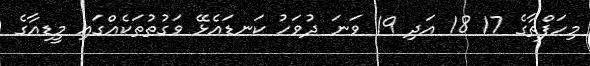
މިހަފްތާގެ 17 18 އަދި 19 ވަނަ ދުވަހު ކަނޑައެޅޭ ވަގުތުތަކެއްގައި މީޑިއާގެ